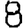
Digit: 8